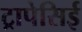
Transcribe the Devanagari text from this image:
ट्रापेसिई